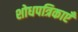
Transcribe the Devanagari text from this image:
शोधपत्रिकाएँ